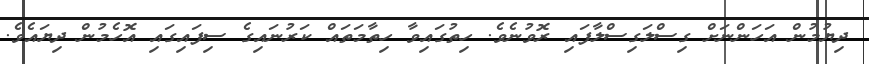
ދިޔުމުން އަހަންނަށް ގިސްލަގިސްލާފައި ރޮވުނެވެ. ހިތުގައިވާ ހިތާމަތައް ކަރުނައިގެ ސިފައިގައި އޮހެމުން ދިޔައެވެ.